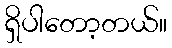
ရှိပါတော့တယ်။